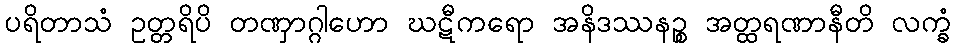
ပရိတာသံ ဥတ္တရိပိ တဏှာဂ္ဂါဟော ဃဋီကရော အနိဒဿနဉ္စ အတ္ထရဏာနီတိ လက္ခံ